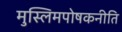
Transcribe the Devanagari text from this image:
मुस्लिमपोषकनीति